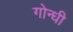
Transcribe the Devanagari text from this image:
गोन्धी